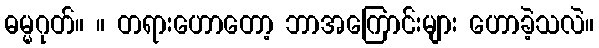
ဓမ္မဂုတ်။ ။ တရားဟောတော့ ဘာအကြောင်းများ ဟောခဲ့သလဲ။